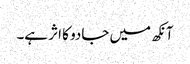
آنکھ میں جادو کا اثر ہے۔